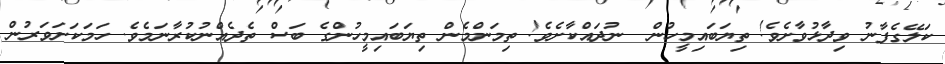
ކަލޭގެފާނު ވިދާޅުވާށެވެ! ތިޔަބައިމީހުން  ނުދައްކާށެވެ! ތިމަންމެން ތިޔަބައިމީހުންގެ ބަސް ތެދެއްނުކުރާނަމެވެ. ހަމަކަށަވަރުން